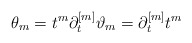
\begin{align*} \theta_m = t^m \partial_t^{[m]} \vartheta_m = \partial_t^{[m]}t^m\end{align*}